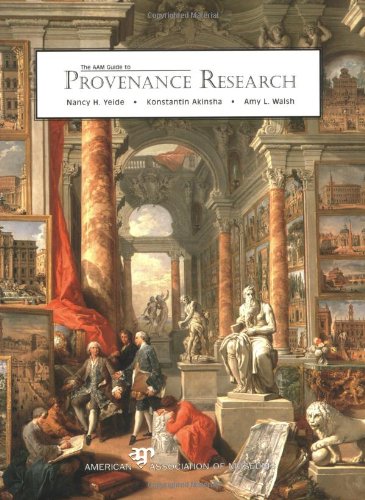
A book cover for AAM Guide to Provenance Research; Nancy H. Yeide; Business & Money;